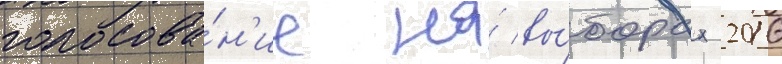
голосова́н'ие на́ вы́борах 2016